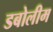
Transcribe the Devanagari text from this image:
डबोलीम